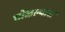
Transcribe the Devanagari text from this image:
चोळल्यास